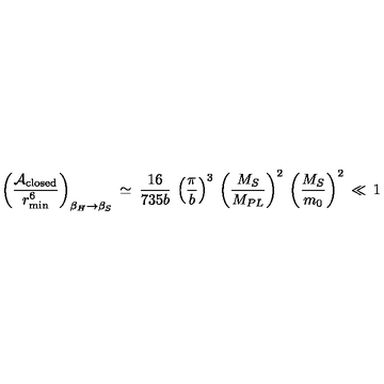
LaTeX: \left( \frac { { \cal A } _ { \mathrm { c l o s e d } } } { r _ { \min } ^ { 6 } } \right) _ { \beta _ { H } \to \beta _ { S } } \: \simeq \: \frac { 1 6 } { 7 3 5 b } \: \left( \frac { \pi } { b } \right) ^ { 3 } \: \left( \frac { M _ { S } } { M _ { P L } } \right) ^ { 2 } \: \left( \frac { M _ { S } } { m _ { 0 } } \right) ^ { 2 } \: \ll \: 1